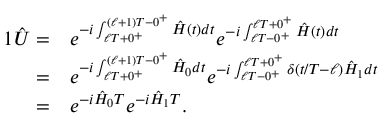
\begin{array} { r l } { { 1 } \hat { U } = } & { e ^ { - i \int _ { \ell T + 0 ^ { + } } ^ { ( \ell + 1 ) T - 0 ^ { + } } \hat { H } ( t ) d t } e ^ { - i \int _ { \ell T - 0 ^ { + } } ^ { \ell T + 0 ^ { + } } \hat { H } ( t ) d t } } \\ { = } & { e ^ { - i \int _ { \ell T + 0 ^ { + } } ^ { ( \ell + 1 ) T - 0 ^ { + } } \hat { H } _ { 0 } d t } e ^ { - i \int _ { \ell T - 0 ^ { + } } ^ { \ell T + 0 ^ { + } } \delta ( t / T - \ell ) \hat { H } _ { 1 } d t } } \\ { = } & { e ^ { - i \hat { H } _ { 0 } T } e ^ { - i \hat { H } _ { 1 } T } . } \end{array}